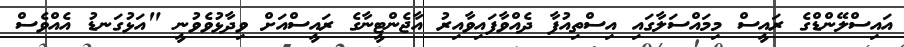
އައިސްލޭންޑްގެ ރައީސް މިމައްސަލާގައި އިސްތިއުފާ ދެއްވާފައިވާއިރު އާޖެންޓީނާގެ ރައީސްއަށް ވިދާޅުވެވުނީ "އަޅުގަނޑު އެއްވެސް